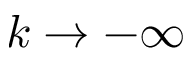
k \to - \infty